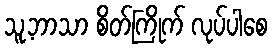
သူ့ဘာသာ စိတ်ကြိုက် လုပ်ပါစေ